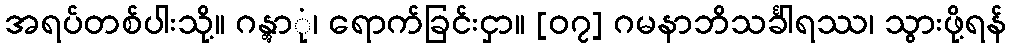
အရပ်တစ်ပါးသို့။ ဂန္တွာုံ၊ ရောက်ခြင်းငှာ။ [၀၇] ဂမနာဘိသင်္ခါရဿ၊ သွားဖို့ရန်